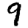
Digit: 9